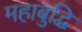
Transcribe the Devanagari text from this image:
महाबुद्धि